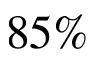
8 5 \%